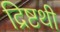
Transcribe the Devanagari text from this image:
द्रिष्टथी